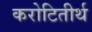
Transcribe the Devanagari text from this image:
करोटितीर्थ